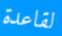
لقاعدة